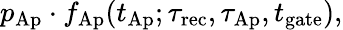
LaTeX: p_{\mathrm{Ap}}\cdot f_{\mathrm{Ap}}(t_{\mathrm{Ap}};\tau_{\mathrm{rec}},\tau_{\mathrm{Ap}},t_{\mathrm{gate}}),